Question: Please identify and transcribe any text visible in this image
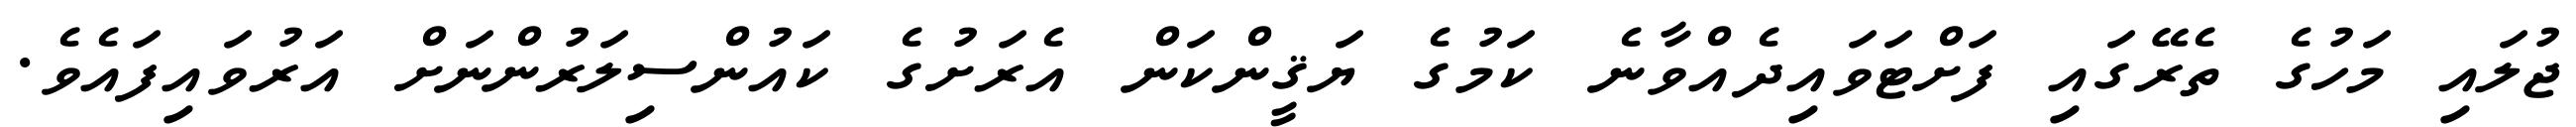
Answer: ޖުލައި މަހުގެ ތެރޭގައި ފަށްޓަވައިދެއްވާނެ ކަމުގެ ޔަޤީންކަން އެރަށުގެ ކައުންސިލަރުންނަށް އަރުވައިފައެވެ.